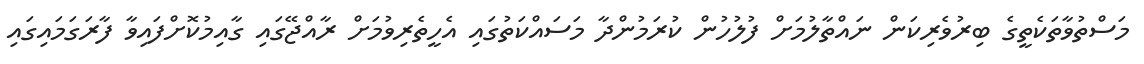
މަސްތުވާތަކެތީގެ ބިރުވެރިކަން ނައްތާލުމަށް ފުލުހުން ކުރަމުންދާ މަސައްކަތުގައި އެހީތެރިވުމަށް ރާއްޖޭގައި ގާއިމުކޮށްފައިވާ ފާރަގަމައިގައި